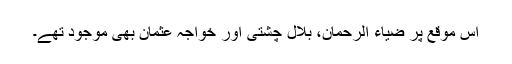
اس موقع پر ضیاء الرحمان، بلال چشتی اور خواجہ عثمان بھی موجود تھے۔